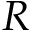
R